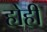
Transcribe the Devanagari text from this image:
होही